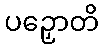
ပဉှောတိ